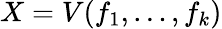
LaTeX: X=V(f_{1},\dots,f_{k})